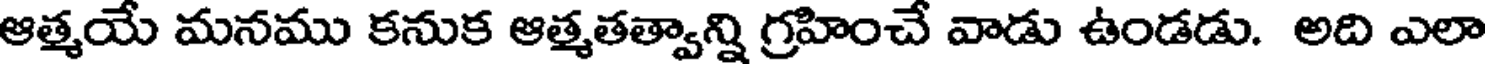
ఆత్మయే మనము కనుక ఆత్మతత్వాన్ని గ్రహించే వాడు ఉండడు. అది ఎలా